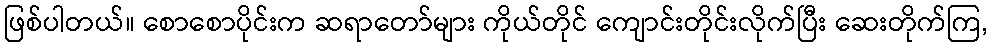
ဖြစ်ပါတယ်။ စောစောပိုင်းက ဆရာတော်များ ကိုယ်တိုင် ကျောင်းတိုင်းလိုက်ပြီး ဆေးတိုက်ကြ,